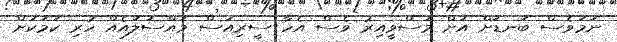
ނަމަވެސް ބަނޑަށް އަށް މަސްވީއިރު ވެސް އެހާ ސީރިއަސް މައްސަލައެއް ހުރި ކަމަކަށް